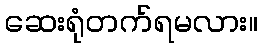
ဆေးရုံတက်ရမလား။